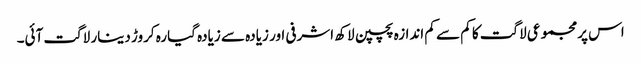
اس پرمجموعی لاگت کا کم سے کم اندازہ پچپن لاکھ اشرفی اور زیادہ سے زیادہ گیارہ کروڑ دینار لاگت آئی۔